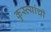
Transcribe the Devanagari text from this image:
कुस्त्यांची